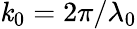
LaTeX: \mathit{k}_{0}=2\pi/\lambda_{0}